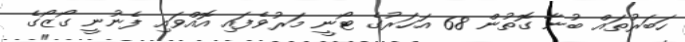
ހަބަރުތައް ބުނާ ގޮތުން 68 އަހަރުގެ ޓޯނީ މަރުވެފައި އޮއްވައި ފެނުނީ ގޯޒޯގެ